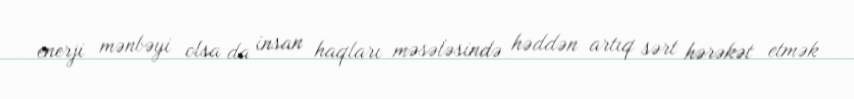
enerji mənbəyi olsa da insan haqları məsələsində həddən artıq sərt hərəkət etmək